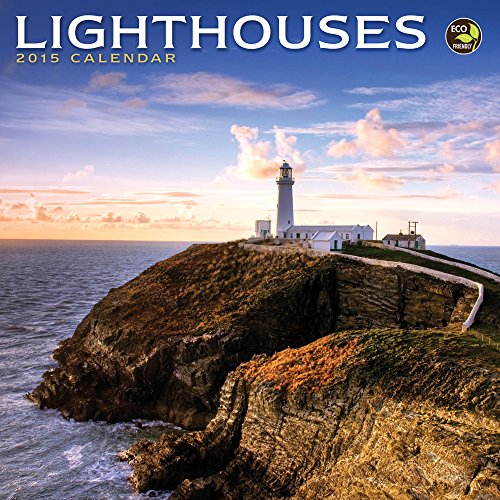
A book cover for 2015 Lighthouses Mini Calendar; TF PUBLISHING; Calendars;